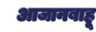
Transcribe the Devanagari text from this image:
आजानबाहू